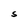
Character: S